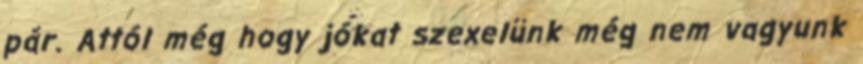
pár. Attól még hogy jókat szexelünk még nem vagyunk